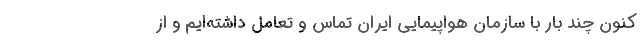
کنون چند بار با سازمان هواپیمایی ایران تماس و تعامل داشته‌ایم و از